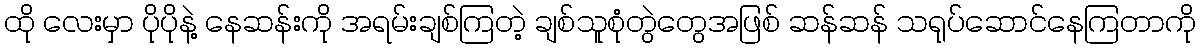
ထို လေးမှာ ပိုပိုနဲ့ နေဆန်းကို အရမ်းချစ်ကြတဲ့ ချစ်သူစုံတွဲတွေအဖြစ် ဆန်ဆန် သရုပ်ဆောင်နေကြတာကို